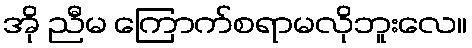
အို ညီမ ကြောက်စရာမလိုဘူးလေ။